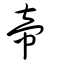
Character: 帝